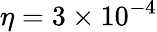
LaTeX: \eta=3\times 10^{-4}